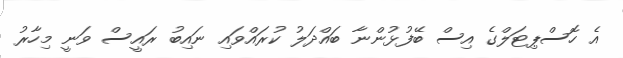
އެ ހޮސްޕިޓަލްގެ އިސް ބޭފުޅުންނާ ބައްދަލު ކުރައްވައި ނައިބު ރައީސް ވަނީ މިހާރު